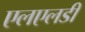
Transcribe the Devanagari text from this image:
एलएलडी